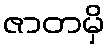
ဇာတမှိ